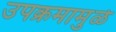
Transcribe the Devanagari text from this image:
उपक्रमामुळे